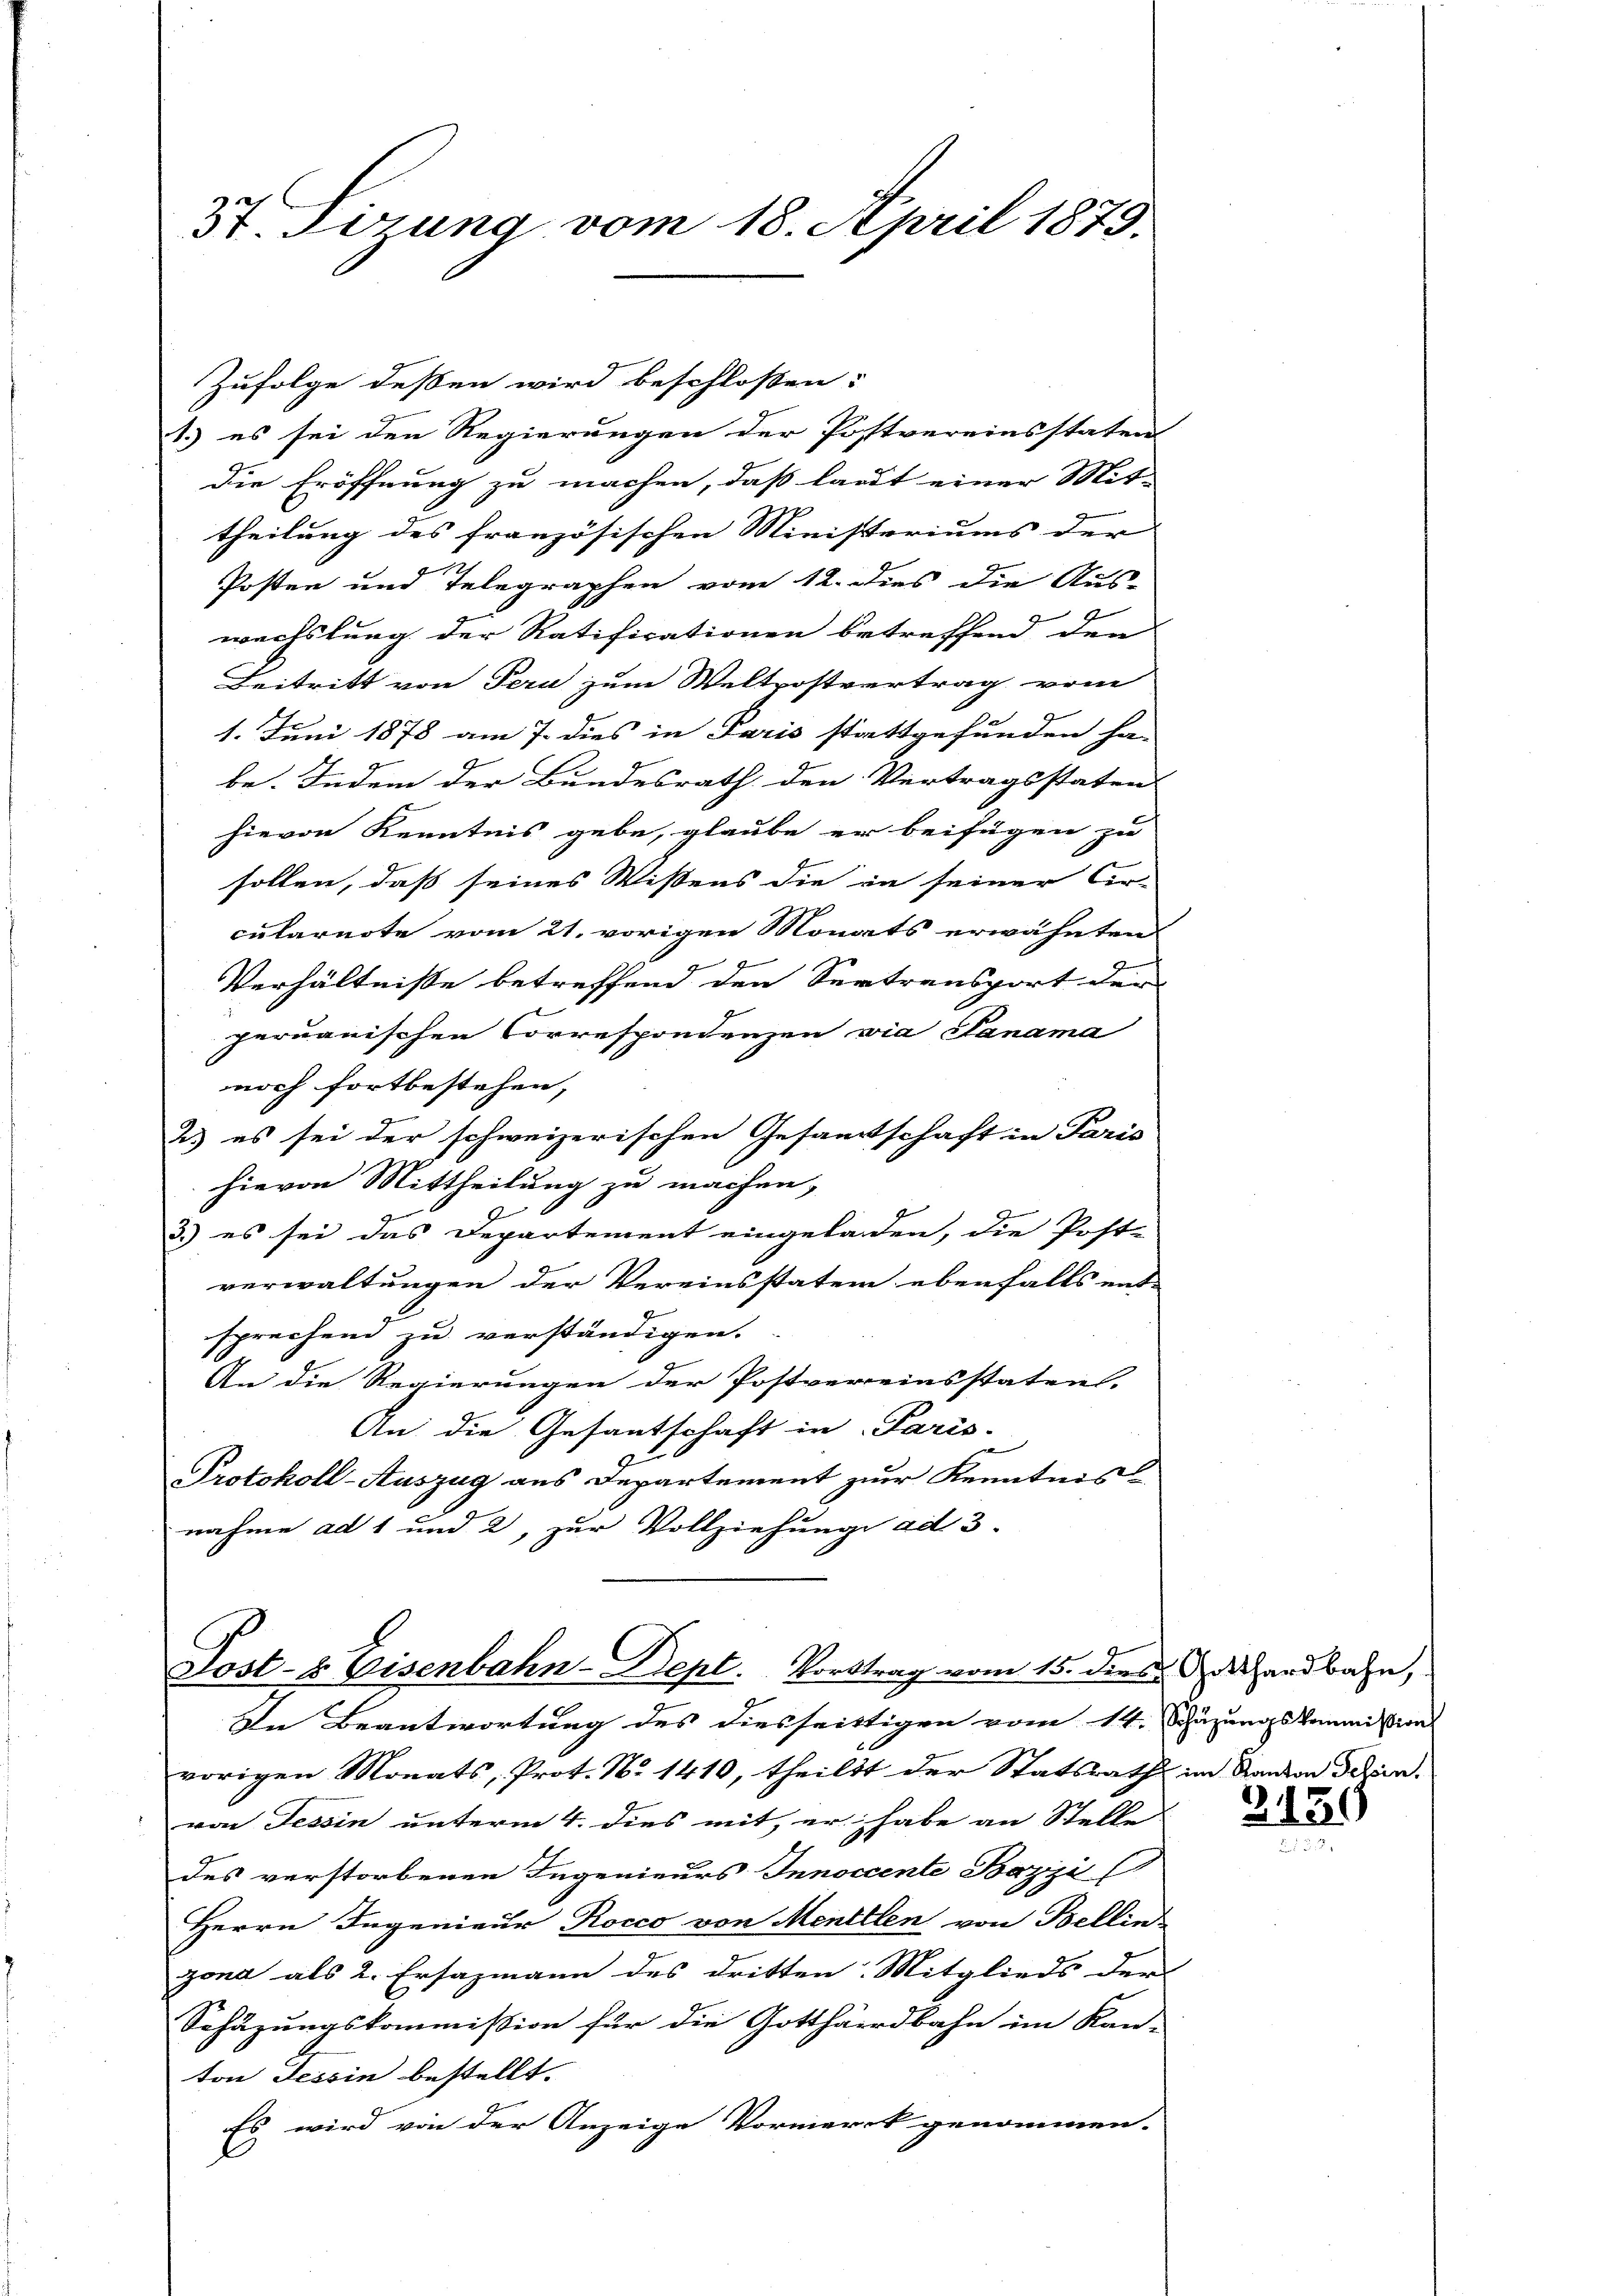
Zufolge dessen wird beschlossen:
1.) es sei den Regierungen der Postvereinsstaten
die Eröffnung zu machen, daß laut einer Mit-
theilung des französischen Ministeriums der
Posten und Telegraphen vom 12. dies die Aus-
wechslung der Ratificationen betreffend den |
Beitritt von Pern zum Weltpostvertrag vom
1. Juni 1878 am 7. dies in Paris stattgefunden ha-
be. Indem der Bundesrath den Vertragsstaten
hievon Kenntnis gebe, glaube er beifügen zu
sollen, dass seines Wissens die in seiner Cir-
cularnote vom 21. vorigen Monats erwähnten
Verhältnisse betreffend den Sertransport der
peruanischen Correspondenzen via Panama
noch fortbestehen,
2) es sei der schweizerischen Gesamtschaft in Paris
hievon Mittheilung zu machen,
3.) es sei das Departement eingeladen, die Post
verwaltungen der Vereinsstatem ebenfalls ent-
sprechend zu verständigen.
1
An die Regierungen der Postvereinsstatent.
An die Gesantschaft in Paris-
Protokoll-Auszug aus Departement zur Kenntnis
nahme ad 1 und 2, zur Vollziehung ad 3.

3t. Fizung vom 18. April 1879.

Post- & Eisenbahn-Dept. Vortrag vom 15. dies Schardbahn,

In Beantwortung des diesseittigen vom 14. Schüzungs kommission
vorigen Monats, Prot. No 1410, theilst der Statsrath im Kanton den
von Tessin unterm 4. dies mit, er habe an Stelle
des verstorbenen Ingenieurs Innoccente Bazzi
Herrn Ingenieur Rocco von Mentelen von Bellinzond als 2. Ersazmann des dritten Mitglieds der
Schäzungskommission für die Gotthardbahn im Kan-
ton Tessin bestellt.
Es wird von der Anzeige Vormerck genommen.

2139